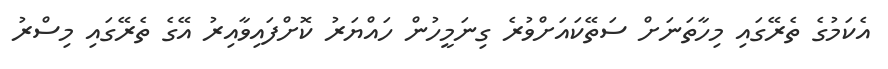
އެކަމުގެ ތެރޭގައި މިހާތަނަށް ސަތޭކައަށްވުރެ ގިނަމީހުން ހައްޔަރު ކޮށްފައިވާއިރު އޭގެ ތެރޭގައި މިސްރު